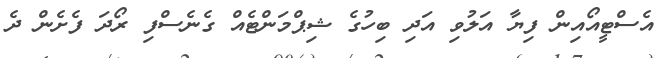
އެސްޓީއޯއިން ފިޔާ އަލުވި އަދި ބިހުގެ ޝިޕްމަންޓެއް ގެނެސްފި ރޯދަ ފެށެން ދެ